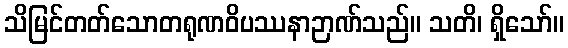
သိမြင်တတ်သောတရုဏဝိပဿနာဉာဏ်သည်။ သတိ၊ ရှိသော်။